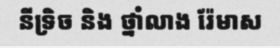
នីទ្រិច និង ថ្នាំលាង រ៉ែមាស